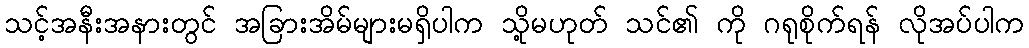
သင့်အနီးအနားတွင် အခြားအိမ်များမရှိပါက သို့မဟုတ် သင်၏ ကို ဂရုစိုက်ရန် လိုအပ်ပါက